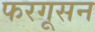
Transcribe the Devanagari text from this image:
फरगूसन